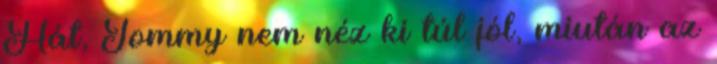
Hát, Tommy nem néz ki túl jól, miután az